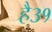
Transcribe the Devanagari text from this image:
है३१